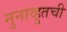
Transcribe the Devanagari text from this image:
नुनाव्हुतची